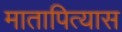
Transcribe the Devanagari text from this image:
मातापित्यास